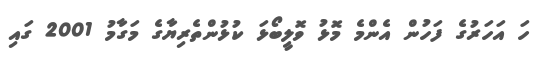
ހަ އަހަރުގެ ފަހުން އެންމެ މޮޅު ވޮލީބޯޅަ ކުޅުންތެރިޔާގެ މަގާމު 2001 ގައި